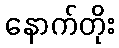
နောက်တိုး